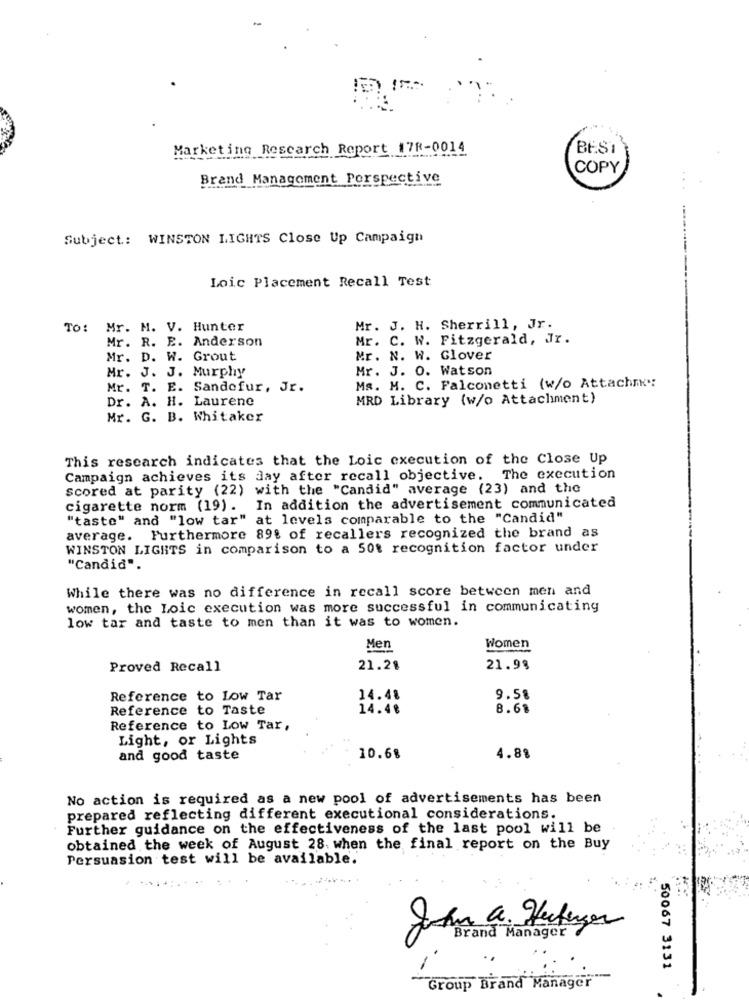
Marketing Research Report 17R-0014
BES1
COPY
Brand Management Perspective
Subject: WINSTON LIGHTS Close Up Campaign
Loic Placement Recall Test
To: Mr. M. V. Hunter
Mr. J. H. Sherrill, Jr.
Mr. R. E. Anderson
Mr. C. W. Fitzgerald, Jr.
Mr. D. W. Grout
Mr. N. W. Glover
Mr. J. J. Murphy
Mr. J. O. Watson
Mr. T. E. Sandofur, Jr.
Ms. M. C. Falconetti (w/o Attachi:
Dr. A. H. Laurene
MRD Library (w/o Attachment)
Mr. G. B. Whitaker
This research indicates that the Loic execution of the Close Up
Campaign achieves its day after recall objective. The execution
scored at parity (22) with the "Candid" average (23) and the
cigarette norm (19). In addition the advertisement communicated
"taste" and "low tar" at levels comparable to the "Candid"
average. Furthermore 89% of recallers recognized the brand as
WINSTON LIGHTS in comparison to a 50t recognition factor under
"Candid".
While there was no difference in recall score between men and
women, the Loic execution was more successful in communicating
low tar and taste to men than it was to women.
Men
Women
Proved Recall
21.28
21.98
Reference to Low Tar
14.48
9.58
Reference to Taste
14.48
8.68
Reference to Low Tar,
Light, or Lights
and good taste
10.68
4.88
No action is required as a new pool of advertisements has been
prepared reflecting different executional considerations.
Further guidance on the effectiveness of the last pool will be
obtained the week of August 28. when the final report on the Buy
Persuasion test will be available.
Brand Manager
50067 3131
Group Brand Manager